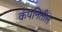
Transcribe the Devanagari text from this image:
कंपनितील